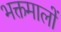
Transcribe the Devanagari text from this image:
भक्तमालों